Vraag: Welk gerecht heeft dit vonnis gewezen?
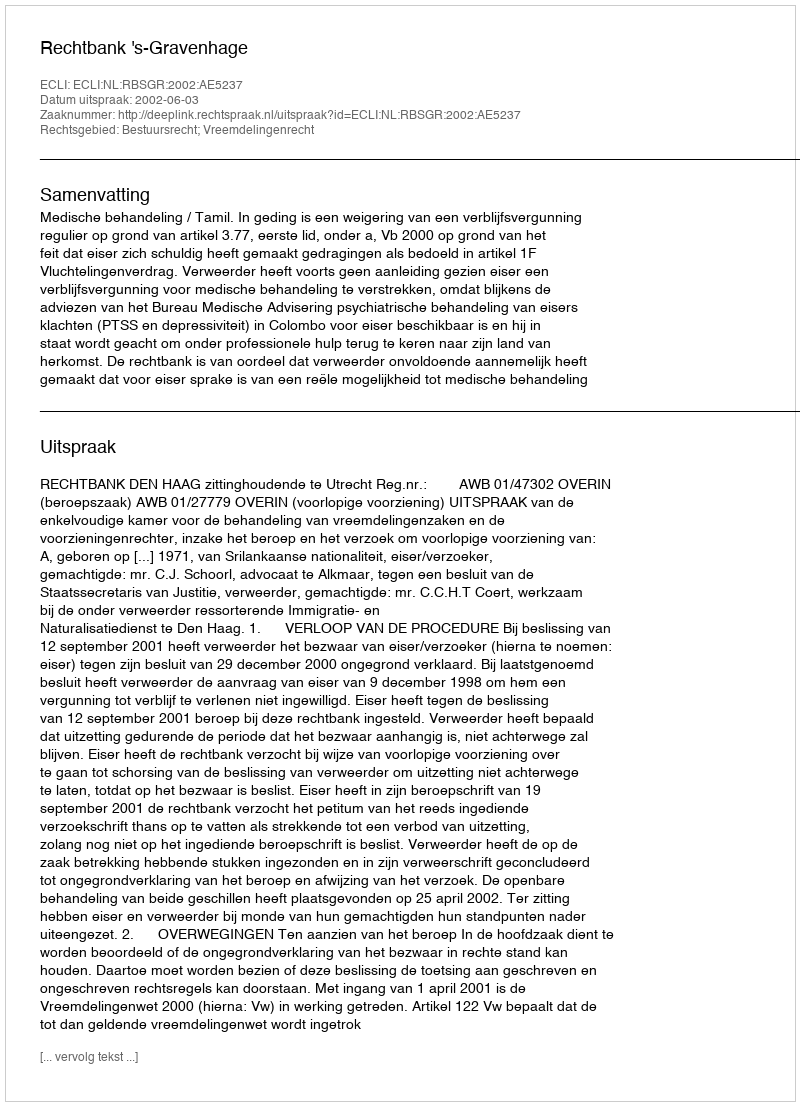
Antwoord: Rechtbank 's-Gravenhage